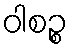
ဝါစဉ္စ